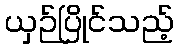
ယှဉ်ပြိုင်သည့်